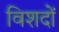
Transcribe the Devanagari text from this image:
विशदों